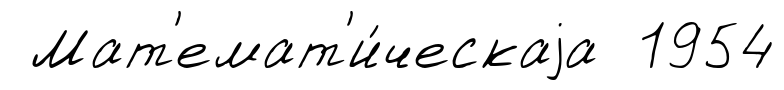
Мат'емат'и́ческаjа 1954